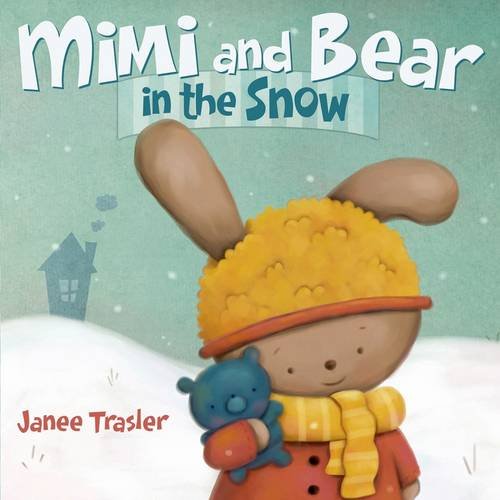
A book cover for Mimi and Bear in the Snow; Janee Trasler; Children's Books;